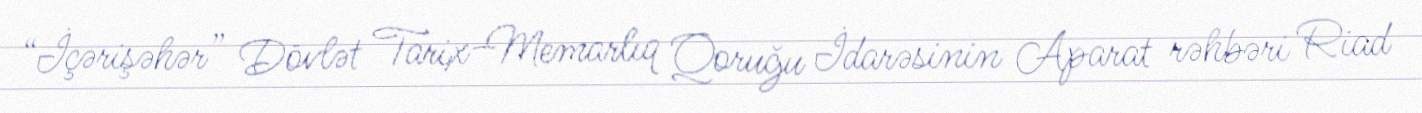
“İçərişəhər” Dövlət Tarix-Memarlıq Qoruğu İdarəsinin Aparat rəhbəri Riad